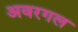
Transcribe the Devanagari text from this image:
अवरगल